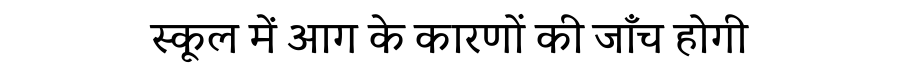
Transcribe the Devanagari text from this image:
स्कूल में आग के कारणों की जाँच होगी